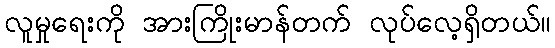
လူမှုရေးကို အားကြိုးမာန်တက် လုပ်လေ့ရှိတယ်။